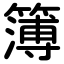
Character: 簿